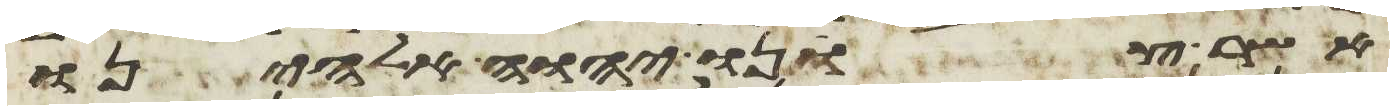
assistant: אשר צונו יהוה אלהינו